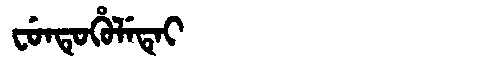
Manchu: ᠸᡠᠨᡨᡠᡥᡠᠯᡝᡨᡝᡳ
Romanization: FUNTUHULETEI